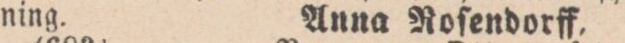
ning.    Anna Roſendorff,